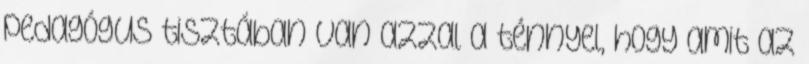
pedagógus tisztában van azzal a ténnyel, hogy amit az